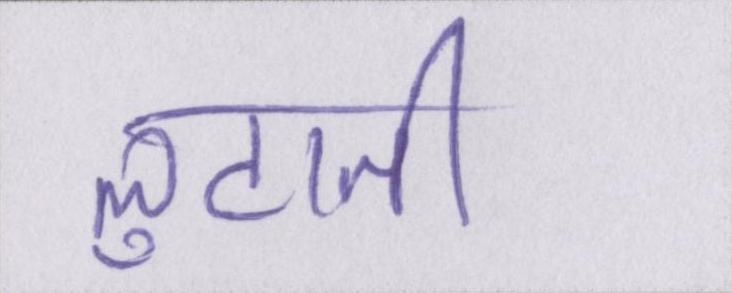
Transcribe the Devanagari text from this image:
लुटाती